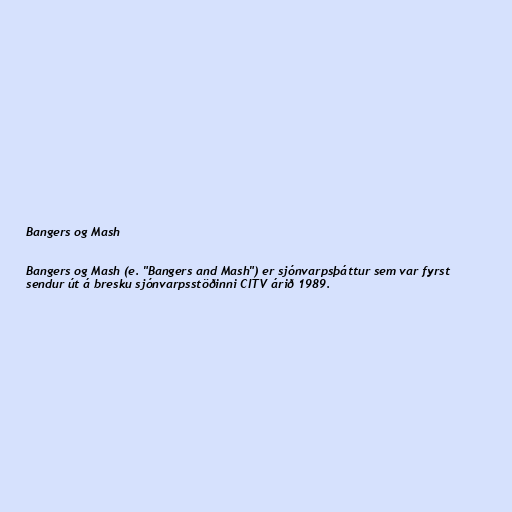
Bangers og Mash

Bangers og Mash (e. "Bangers and Mash") er sjónvarpsþáttur sem var fyrst
sendur út á bresku sjónvarpsstöðinni CITV árið 1989.